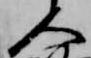
人